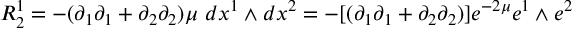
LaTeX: R _ { 2 } ^ { 1 } = - ( \partial _ { 1 } \partial _ { 1 } + \partial _ { 2 } \partial _ { 2 } ) \mu ~ d x ^ { 1 } \wedge d x ^ { 2 } = - [ ( \partial _ { 1 } \partial _ { 1 } + \partial _ { 2 } \partial _ { 2 } ) ] e ^ { - 2 \mu } e ^ { 1 } \wedge e ^ { 2 }